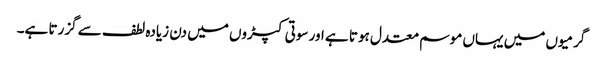
گرمیوں میں یہاں موسم معتدل ہوتا ہے اور سوتی کپڑوں میں دن زیادہ لطف سے گزرتا ہے۔